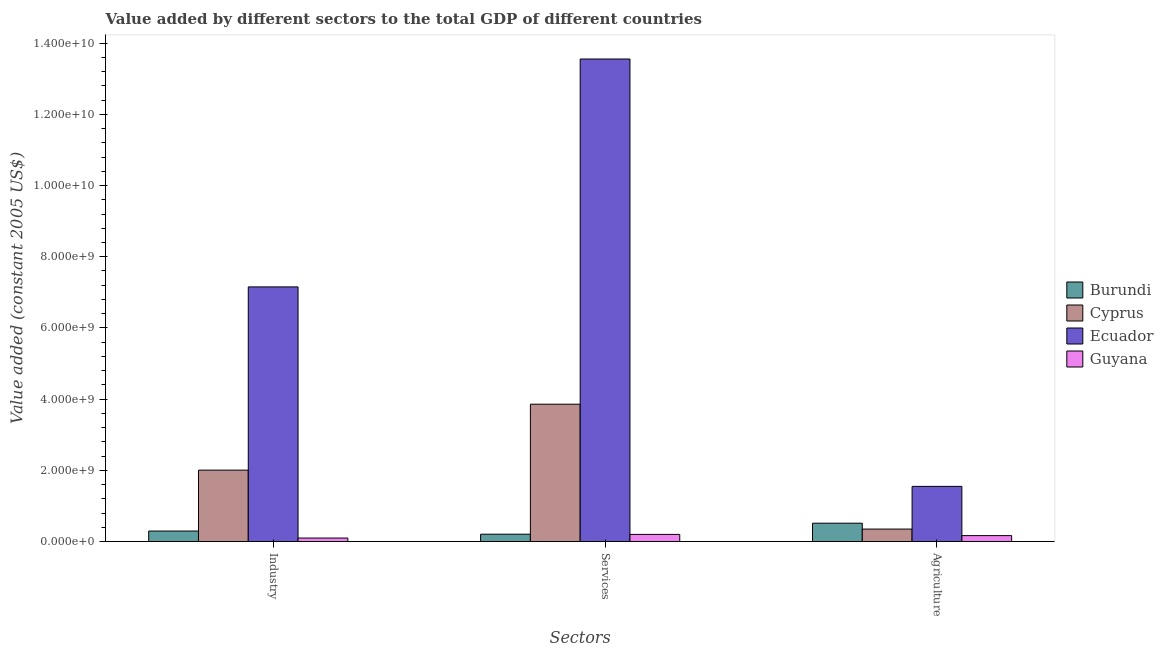
| Sectors | Burundi | Cyprus | Ecuador | Guyana |
 | --- | --- | --- | --- | --- |
 | Industry | 2.96e+08 | 2.01e+09 | 7.15e+09 | 9.87e+07 |
 | Services | 2.07e+08 | 3.86e+09 | 1.36e+10 | 2.01e+08 |
 | Agriculture | 5.16e+08 | 3.51e+08 | 1.55e+09 | 1.67e+08 |